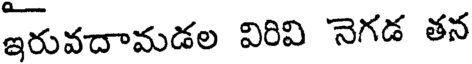
ఇరువదామడల విరివి నెగడ తన